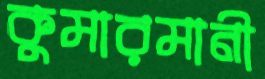
কুমারমানী